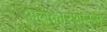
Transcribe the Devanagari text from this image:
अलंकारशास्त्रों